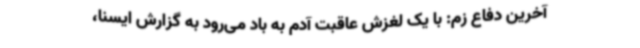
آخرین دفاع زم: با یک لغزش عاقبت آدم به باد می‌رود به گزارش ایسنا،